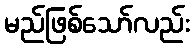
မည်ဖြစ်သော်လည်း